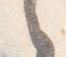
之